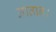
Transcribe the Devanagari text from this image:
नातान।